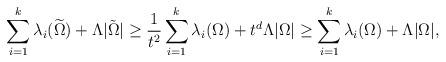
LaTeX: \begin{align*}\sum_{i=1}^k\lambda_i(\widetilde\Omega)+\Lambda|\tilde\Omega|&\ge \frac1{t^2}\sum_{i=1}^k\lambda_i(\Omega) + t^d\Lambda|\Omega|\ge \sum_{i=1}^k\lambda_i(\Omega) + \Lambda|\Omega|,\end{align*}